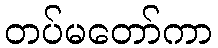
တပ်မတော်ကာ